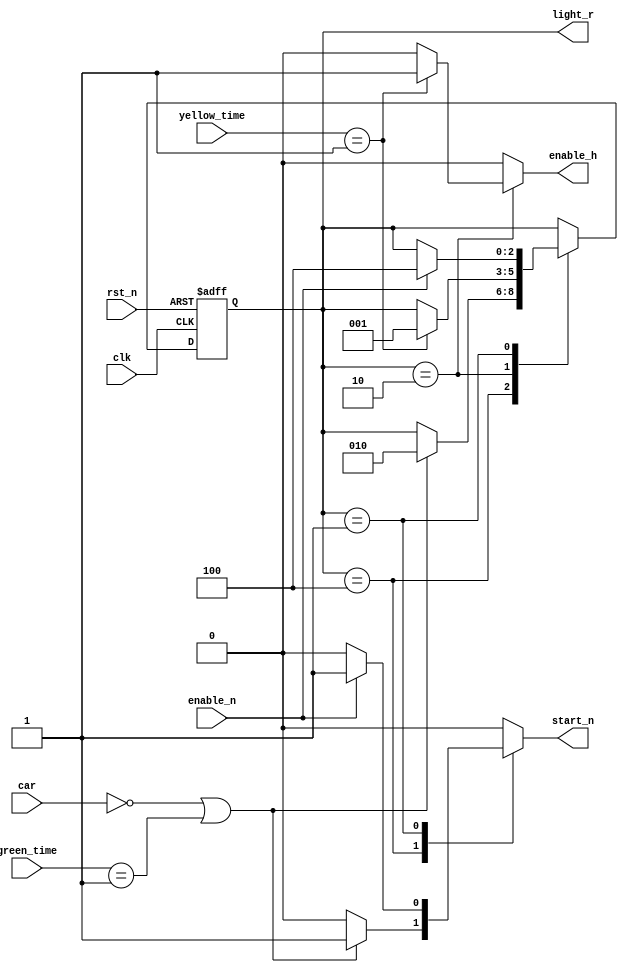
module countryroad_fsm(
    input clk,
    input rst_n,
    input car, // cho la switch 
    input [5:0] green_time,
    input [5:0] yellow_time,
    input enable_n,

    output reg enable_h,
    output reg start_n,
    output[2:0] light_r
);

reg[2:0] CurrentState, NextState;

parameter [2:0] 
    green_r = 3'b100,
    yellow_r = 3'b010,
    red_r = 3'b001;

assign light_r = CurrentState;

always @(posedge clk or negedge rst_n)
begin
    if(!rst_n)
    CurrentState <= red_r;
    else 
    CurrentState <= NextState;
end

always @(NextState, CurrentState,enable_n, green_time, yellow_time,car )
 begin
    NextState = CurrentState;
    start_n =0;
    enable_h =0;
    case(CurrentState)
        green_r: if(car==0 ||green_time == 1) begin
            NextState = yellow_r;
            start_n =1; // bat che do dem lai de dem thoi gian t cho den vang
        end
        yellow_r: if(yellow_time == 1) begin
            NextState = red_r;
            enable_h=1; 
        end
        red_r: if(enable_n) begin
            NextState = green_r;
            start_n =1; // bat che do dem thoi gian cua den xanh
        end 
    endcase
end


endmodule